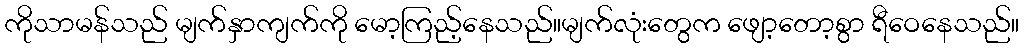
ကိုသာမန်သည် မျက်နှာကျက်ကို မော့ကြည့်နေသည်။မျက်လုံးတွေက ဖျော့တော့စွာ ရီဝေနေသည်။